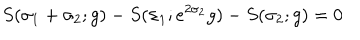
LaTeX: S ( \sigma _ { 1 } + \sigma _ { 2 } ; g ) - S ( \sigma _ { 1 } ; e ^ { 2 \sigma _ { 2 } } g ) - S ( \sigma _ { 2 } ; g ) = 0